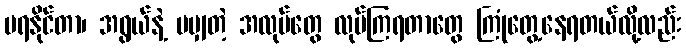
မရနိုင်တာ၊ အရွယ်နဲ့ မမျှတဲ့ အလုပ်တွေ လုပ်ကြရတာတွေ ကြုံတွေ့နေရတယ်လို့လည်း